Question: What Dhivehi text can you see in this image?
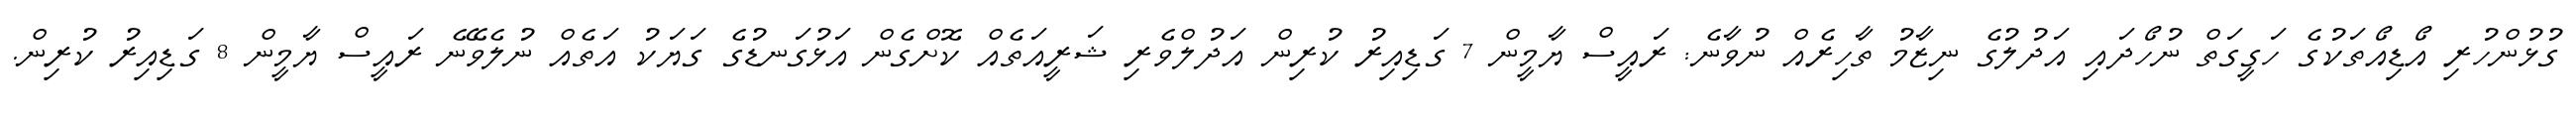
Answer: ގުޅުންހުރި އޯޑިއޯތަކުގެ ހަގީގަތް ނުހޯދައި އަދުލުގެ ނިޒާމު ތާހިރެއް ނުވާނެ: ރައީސް ޔާމީން 7 ގަޑިއިރު ކުރިން އަދުލްވެރި ޝަރީއަތެއް ކޮށްގެން އަޅުގަނޑުގެ ގަޔަކު އަތެއް ނުލެވޭނެ ރައީސް ޔާމީން 8 ގަޑިއިރު ކުރިން.